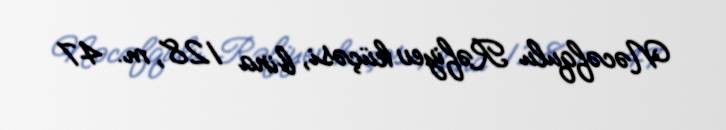
Nəcəfqulu Rəfiyev küçəsi, bina 128, m. 47